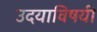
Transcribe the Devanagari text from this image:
उदयाविषयी